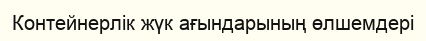
Контейнерлік жүк ағындарының өлшемдері